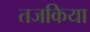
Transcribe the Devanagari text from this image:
तजकिया